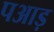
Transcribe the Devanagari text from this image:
पआड़